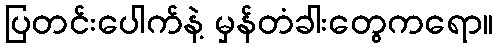
ပြတင်းပေါက်နဲ့ မှန်တံခါးတွေကရော။